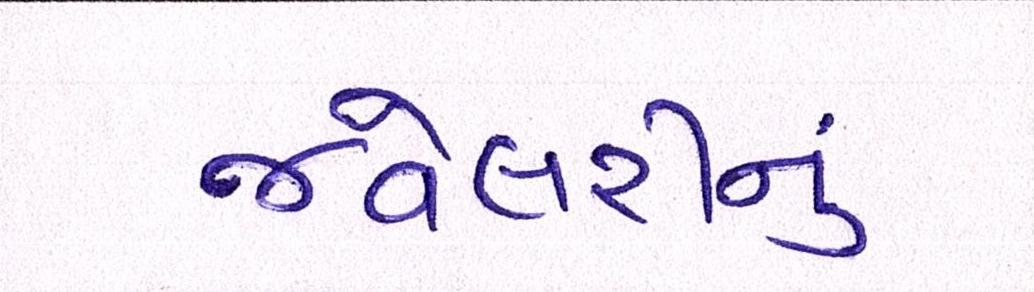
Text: જવેલરીનું